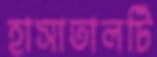
হাসাতালটি